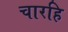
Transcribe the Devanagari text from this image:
चारहि